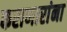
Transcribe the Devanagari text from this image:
कराणारांना